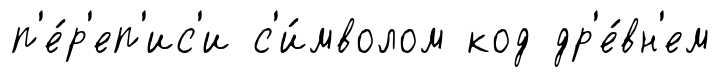
п'е́р'еп'ис'и с'и́мволом код др'е́вн'ем